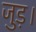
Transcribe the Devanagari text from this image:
जुड़।